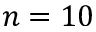
n = 1 0